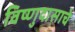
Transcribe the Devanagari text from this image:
विष्णुदासाचे